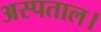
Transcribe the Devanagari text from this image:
अस्पताल।